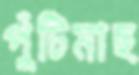
পুঁটিমাছ